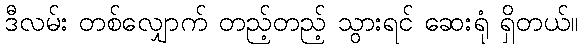
ဒီလမ်း တစ်လျှောက် တည့်တည့် သွားရင် ဆေးရုံ ရှိတယ်။